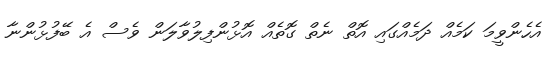
އެހެންވީމަ ކަމެއް ދަމެއްގައި އޮތް ނެތް ގޮތެއް އޮޅުންފިލުވާލަން ވެސް އެ ބޭފުޅުންނާ